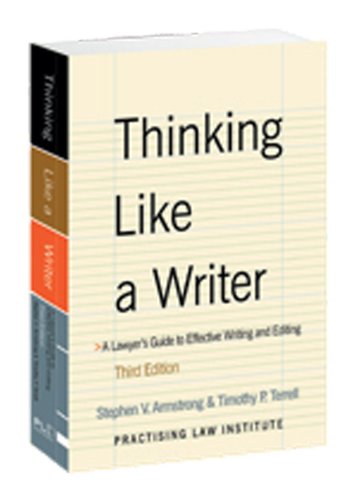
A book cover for Thinking Like a Writer: A Lawyer's Guide to Effective Writing and Editing; Stephen V. Armstrong; Law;